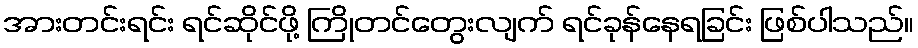
အားတင်းရင်း ရင်ဆိုင်ဖို့ ကြိုတင်တွေးလျက် ရင်ခုန်နေရခြင်း ဖြစ်ပါသည်။